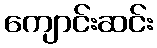
ကျောင်းဆင်း